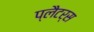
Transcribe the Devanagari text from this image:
प्लैटर्स